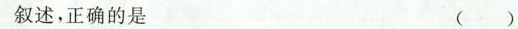
叙述，正确的是 ( )